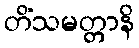
တိံသမတ္တာနိ